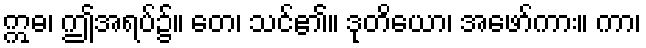
ဣဓ၊ ဤအရပ်၌။ တေ၊ သင်၏။ ဒုတိယော၊ အဖော်ကား။ ကာ၊